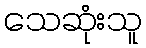
သေဆုံးသူ